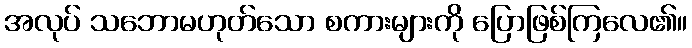
အလုပ် သဘောမဟုတ်သော စကားများကို ပြောဖြစ်ကြလေ၏။